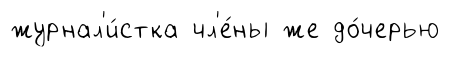
журнал'и́стка чл'е́ны же до́черью